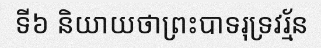
ទី៦ និយាយថាព្រះបាទរុទ្រវរ្ម័ន